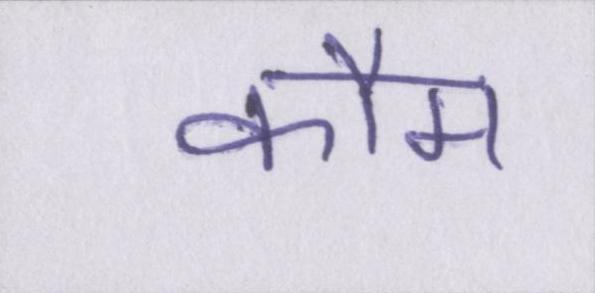
कौम